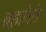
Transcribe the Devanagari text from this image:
ब्रह्मवेत्ते